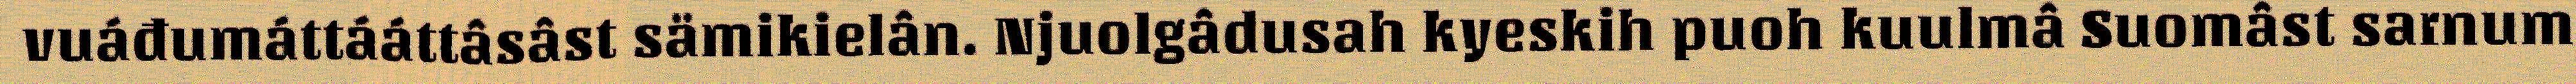
vuáđumáttááttâsâst sämikielân. Njuolgâdusah kyeskih puoh kuulmâ Suomâst sarnum